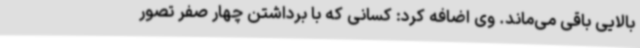
بالایی باقی می‌ماند. وی اضافه کرد: کسانی که با برداشتن چهار صفر تصور